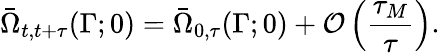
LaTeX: \bar{\Omega}_{t,t+\tau}(\Gamma;0)=\bar{\Omega}_{0,\tau}(\Gamma;0)+\mathcal{O}\left(\frac{\tau_{M}}{\tau}\right).